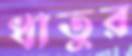
ধাতুর